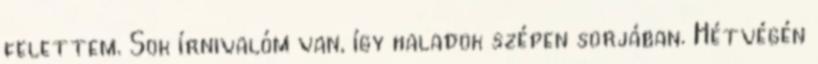
felettem. Sok írnivalóm van, így haladok szépen sorjában. Hétvégén